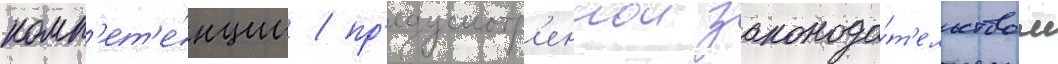
комп'ет'е́нции / пр'едусмотр'еннои законода́т'ельством